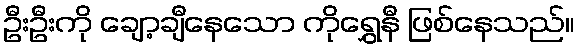
ဦးဦးကို ချော့ချီနေသော ကိုရွှေနီ ဖြစ်နေသည်။